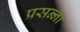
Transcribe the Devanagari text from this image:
प्रसन्‍ना